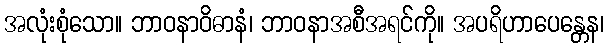
အလုံးစုံသော။ ဘာဝနာဝိဓာနံ၊ ဘာဝနာအစီအရင်ကို။ အပရိဟာပေန္တေန၊